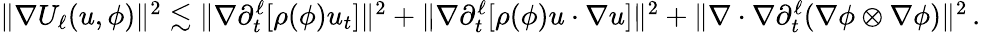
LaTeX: \begin{array}{r}{\| \nabla U_{\ell}(u,\phi)\| ^{2}\lesssim\| \nabla\partial_{t}^{\ell}[\rho(\phi)u_{t}]\| ^{2}+\| \nabla\partial_{t}^{\ell}[\rho(\phi)u\cdot\nabla u]\| ^{2}+\| \nabla\cdot\nabla\partial_{t}^{\ell}(\nabla\phi\otimes\nabla\phi)\| ^{2}\, .}\end{array}